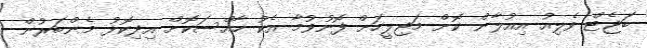
ބަޖެޓް ވެލިއު އިއުލާން ކޮށް މަޖިލީހަށް ފޮނުވުމާ އެކު ހާއްސަކޮށް އިދިކޮޅު މެންބަރުން